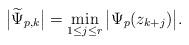
LaTeX: \begin{align*}\big|\widetilde{\Psi}_{p,k}\big|=\min_{1\leq j\leq r}\big|\Psi_p(z_{k+j})\big|.\end{align*}